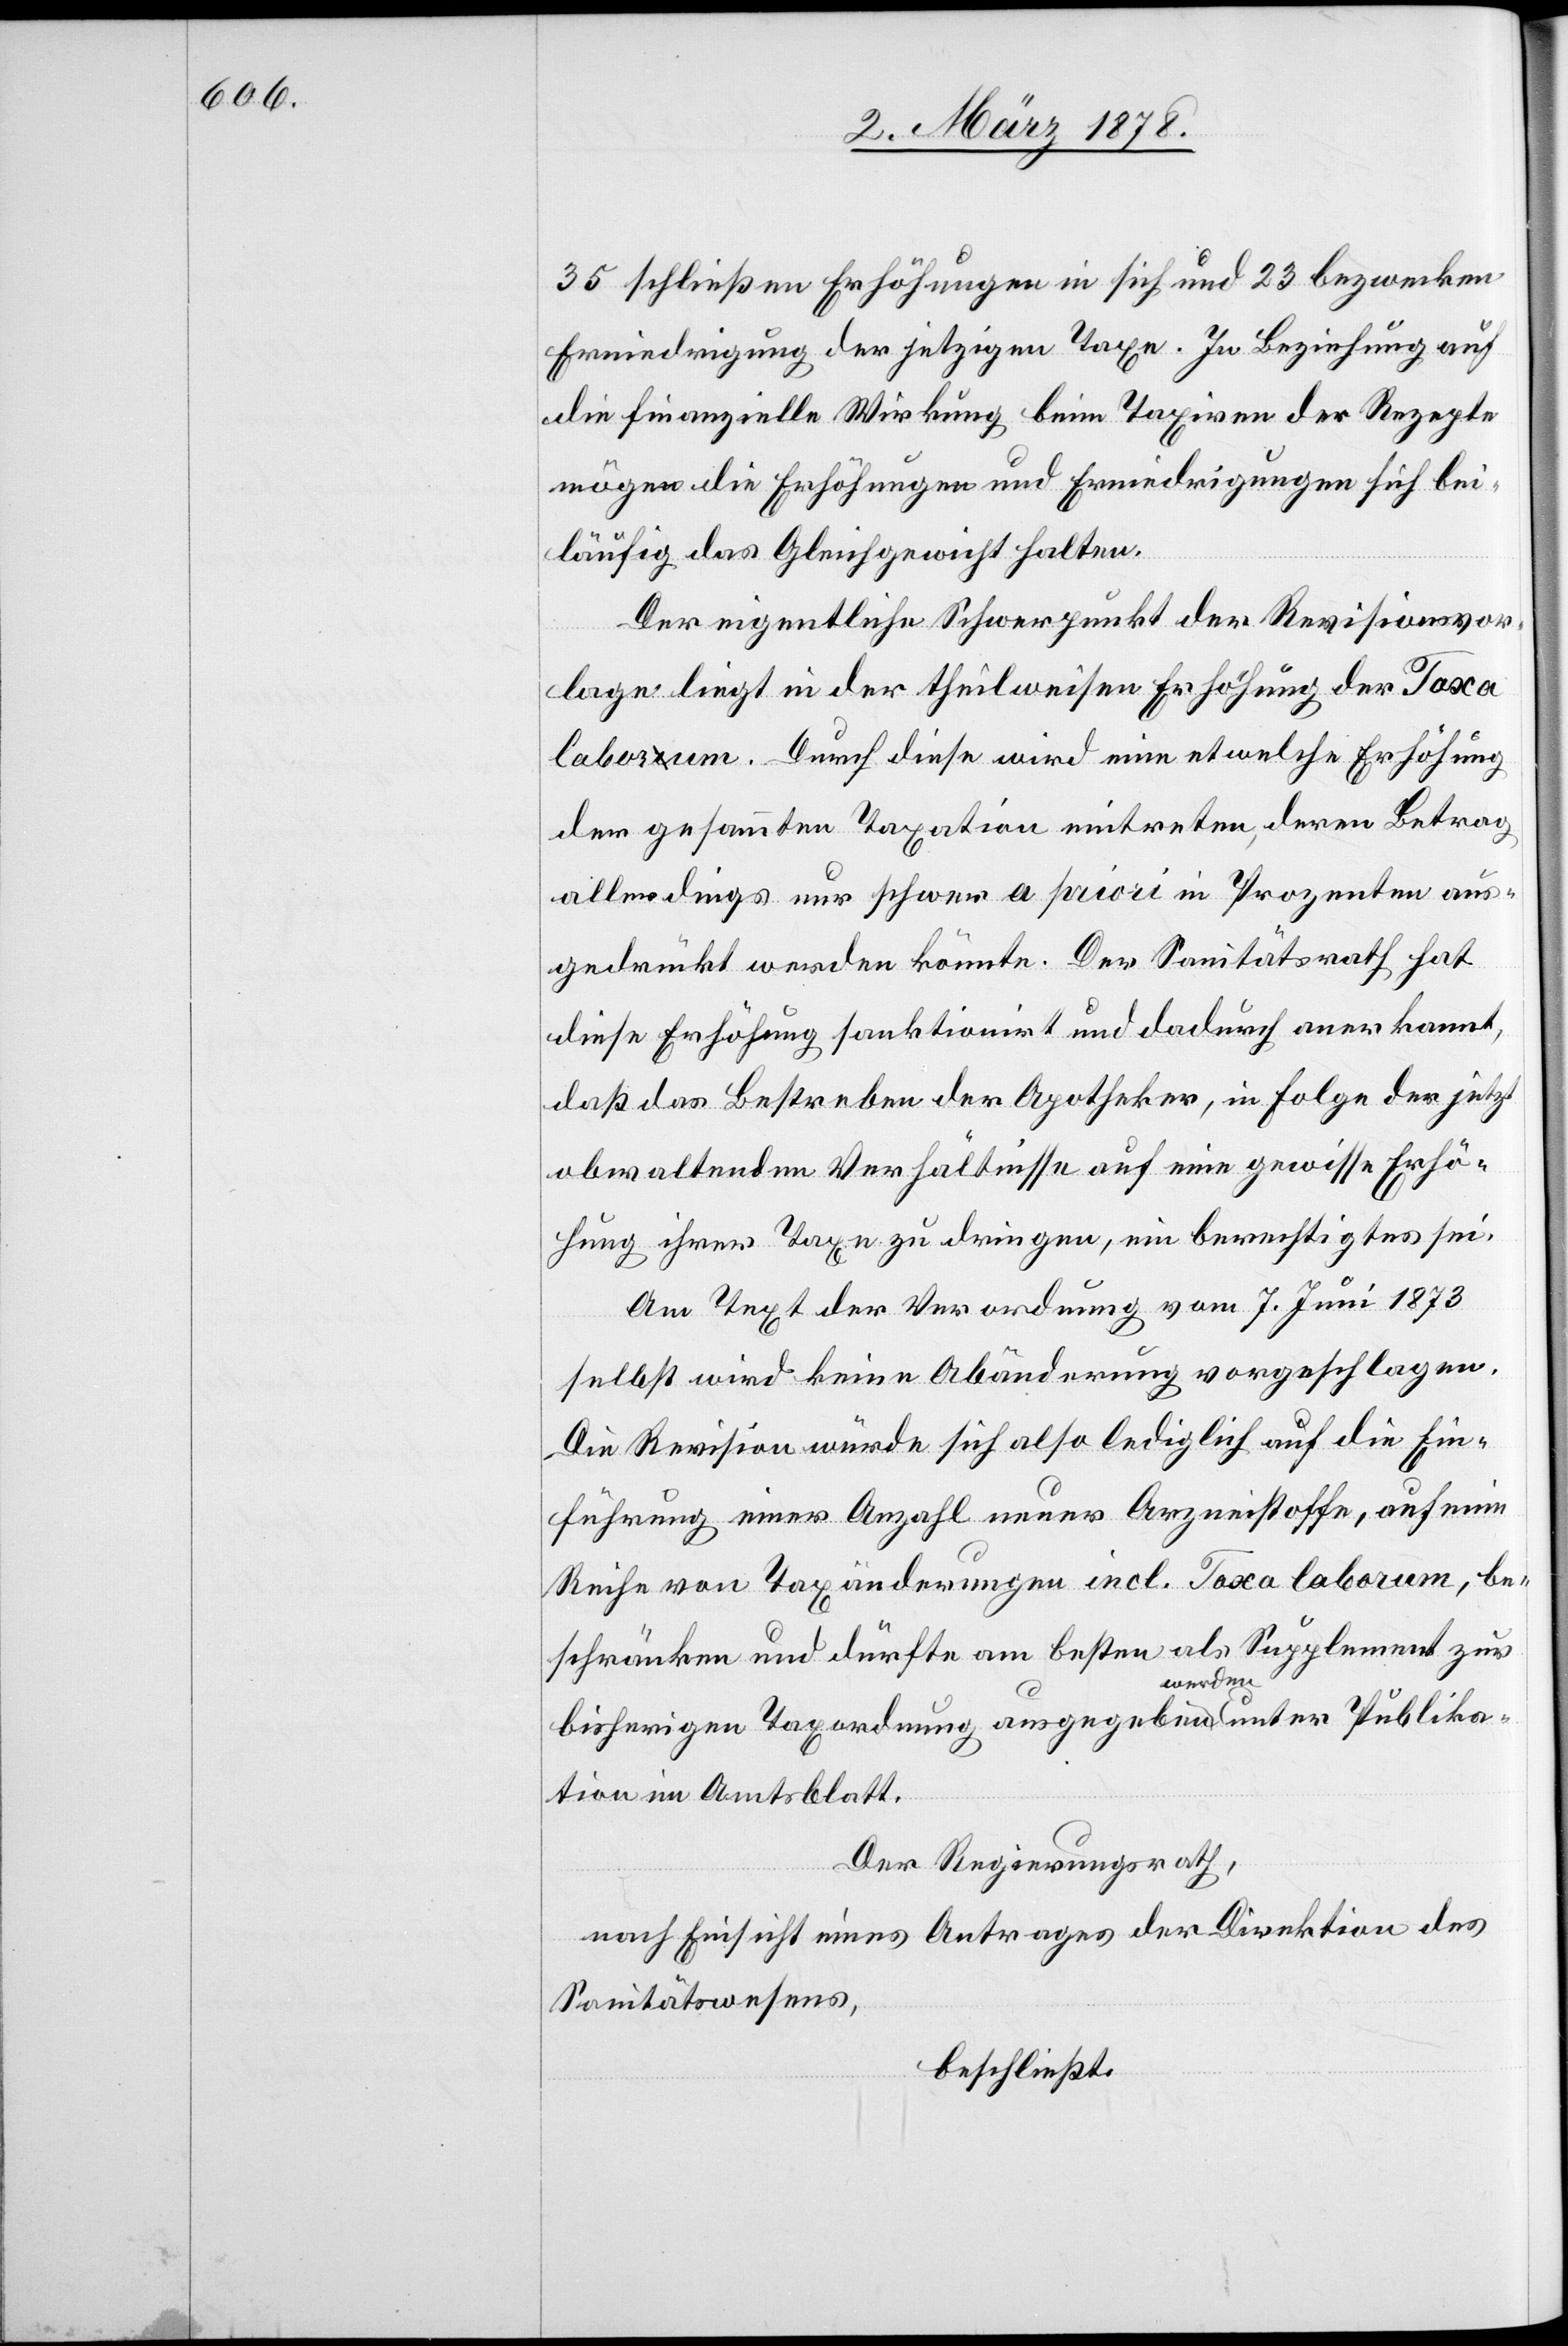
35 schließen Erhöhungen in sich und 23 bezwecken
Erniedrigung der jetzigen Taxe. In Beziehung auf
die finanzielle Wirkung beim Taxiren der Rezepte
mögen die Erhöhungen und Erniedrigungen sich bei¬
läufig das Gleichgewicht halten.
Der eigentliche Schwerpunkt der Revisionsvor¬
lage liegt in der theilweisen Erhöhung der Taxa
laborum. Durch diese wird eine etwelche Erhöhung
der gesammten Taxation eintreten, deren Betrag
allerdings nur schwer a priori in Prozenten aus¬
gedrückt werden könnte. Der Sanitätsrath hat
diese Erhöhung sanktionirt und dadurch anerkannt,
daß das Bestreben der Apotheker, in Folge der jetzt
obwaltenden Verhältnisse auf eine gewisse Erhö¬
hung ihrer Taxen zu dringen, ein berechtigtes sei.
Am Text der Verordnung vom 7. Juni 1873
selbst wird keine Abänderung vorgeschlagen.
Die Revision würde sich also lediglich auf die Ein¬
führung einer Anzahl neuer Arzneistoffe, auf eine
Reihe von Taxänderungen incl. Taxa laborum, be¬
schränken und dürfte am besten als Supplement zur
bisherigen Taxordnung ausgegeben werden, unter Publika¬
tion im Amtsblatt.
Der Regierungsrath,
nach Einsicht eines Antrages der Direktion des
Sanitätswesens,
beschließt: